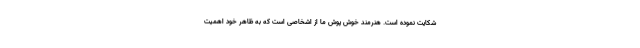
شکایت نموده است. هنرمند خوش پوش ما از اشخاصی است که به ظاهر خود اهمیت